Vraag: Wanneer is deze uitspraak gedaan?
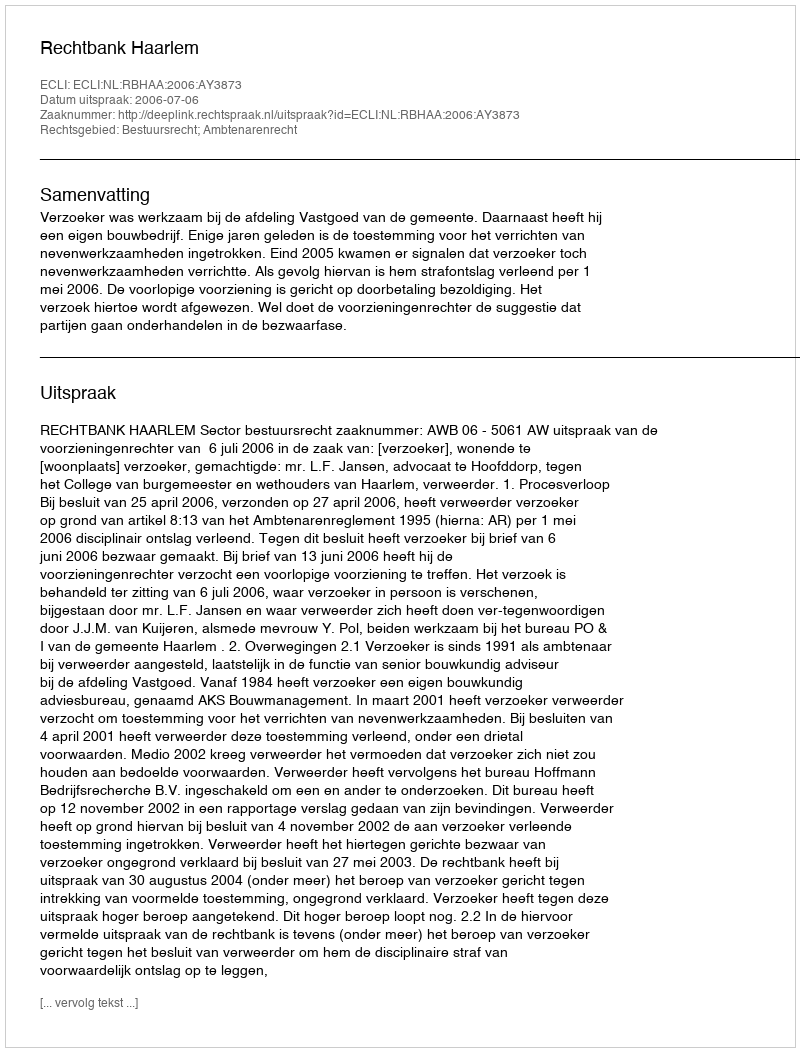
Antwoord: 2006-07-06